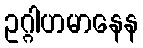
ဥဂ္ဂါဟမာနေန